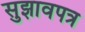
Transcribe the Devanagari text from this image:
सुझावपत्र